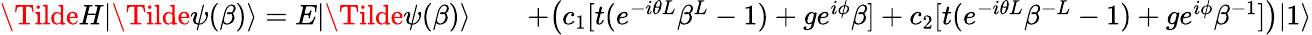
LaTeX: \begin{array}{rlr}{\Tilde{H}|\Tilde{\psi}(\beta)\rangle=E|\Tilde{\psi}(\beta)\rangle}&{{}}&{+\big(c_{1}[t(e^{-i\theta L}\beta^{L}-1)+ge^{i\phi}\beta]+c_{2}[t(e^{-i\theta L}\beta^{-L}-1)+ge^{i\phi}\beta^{-1}]\big)|1\rangle}\end{array}